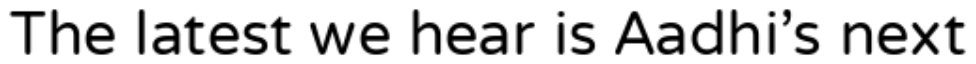
The latest we hear is Aadhi's next